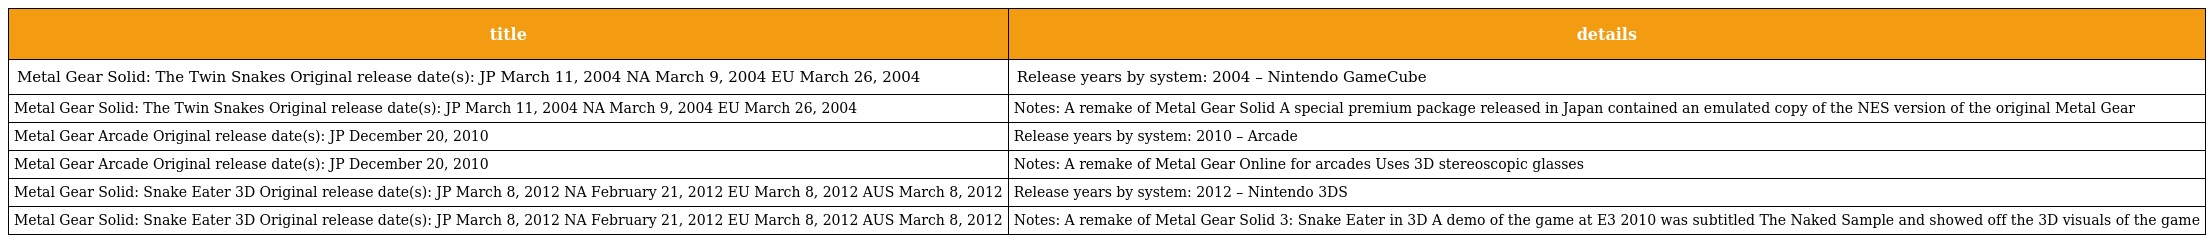
| title | details |
 | --- | --- |
 | Metal Gear Solid: The Twin Snakes Original release date(s): JP March 11, 2004 NA March 9, 2004 EU March 26, 2004 | Release years by system: 2004 – Nintendo GameCube |
 | Metal Gear Solid: The Twin Snakes Original release date(s): JP March 11, 2004 NA March 9, 2004 EU March 26, 2004 | Notes: A remake of Metal Gear Solid A special premium package released in Japan contained an emulated copy of the NES version of the original Metal Gear |
 | Metal Gear Arcade Original release date(s): JP December 20, 2010 | Release years by system: 2010 – Arcade |
 | Metal Gear Arcade Original release date(s): JP December 20, 2010 | Notes: A remake of Metal Gear Online for arcades Uses 3D stereoscopic glasses |
 | Metal Gear Solid: Snake Eater 3D Original release date(s): JP March 8, 2012 NA February 21, 2012 EU March 8, 2012 AUS March 8, 2012 | Release years by system: 2012 – Nintendo 3DS |
 | Metal Gear Solid: Snake Eater 3D Original release date(s): JP March 8, 2012 NA February 21, 2012 EU March 8, 2012 AUS March 8, 2012 | Notes: A remake of Metal Gear Solid 3: Snake Eater in 3D A demo of the game at E3 2010 was subtitled The Naked Sample and showed off the 3D visuals of the game |